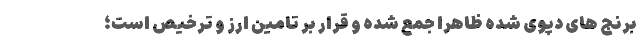
برنج های دپوی شده ظاهرا جمع شده و قرار بر تامین ارز و ترخیص است؛